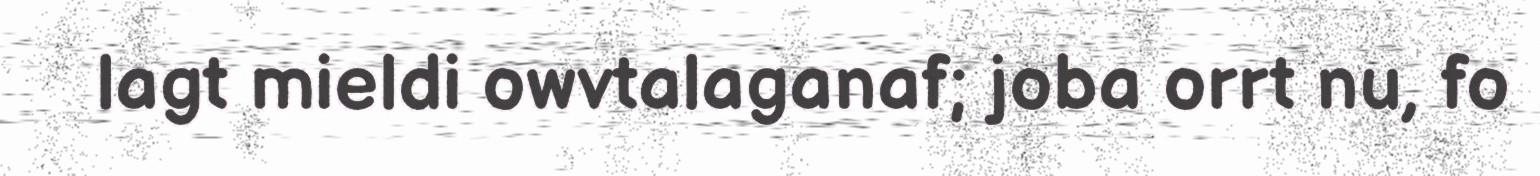
lagt mieldi owvtalaganaf; joba orrt nu, fo